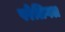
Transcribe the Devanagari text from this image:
परेलिगल